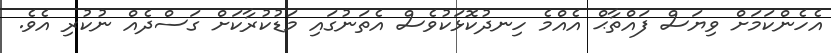
އެހެންކަމަށް ވިޔަސް ފައްތާޙް އެއްމެ ހިނދުކޮޅަކުވެސް އެތަނުގައި މަޑުކުރާކަށް ގަސްދެއް ނުކުރި އެވެ.